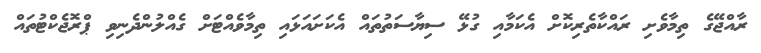
ރާއްޖޭގެ ތިމާވެށި ރައްކާތެރިކޮށް އެކަމާއި ގުޅޭ ސިޔާސަތުތައް އެކަށައަޅައި ތިމާވެއްޓަށް ގެއްލުންދެނިވި ޕްރޮޖެކްޓުތައް